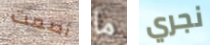
أصمت ما نجري